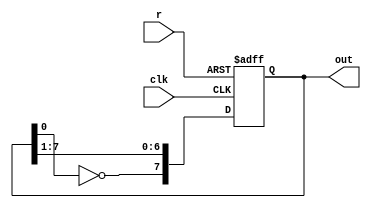
module Johnson_count(clk, r, out);
parameter size=7;
input clk;
input r;
output [0:size]out;
reg [0:size]out;

always @ (posedge clk or posedge r)
	begin
		if (r) 
			out= 8'b0000_0000;
		else
			out={~out[size],out[0:size-1]};   
	end

endmodule




/*//############################
module test;
parameter size=7;
reg clk;
reg r;
wire [0:size]out;

Johnson_count xJohnson_count(clk,r,out);

//initial xJohnson_count.size=size;
initial begin 
		clk=1;
		r=0;
		#5 r=1;
		#5 r=0;
		#20 $finish;	
	end
//initial $monitor($time,,"[%b]\t%b\tq=%b",clk,r,q);
always #2 clk=~clk;


endmodule*/